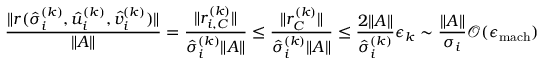
\frac { \| r ( \hat { \sigma } _ { i } ^ { ( k ) } , \hat { u } _ { i } ^ { ( k ) } , \hat { v } _ { i } ^ { ( k ) } ) \| } { \| A \| } = \frac { \| r _ { i , C } ^ { ( k ) } \| } { \hat { \sigma } _ { i } ^ { ( k ) } \| A \| } \leq \frac { \| r _ { C } ^ { ( k ) } \| } { \hat { \sigma } _ { i } ^ { ( k ) } \| A \| } \leq \frac { 2 \| A \| } { \hat { \sigma } _ { i } ^ { ( k ) } } \epsilon _ { k } \sim \frac { \| A \| } { \sigma _ { i } } \mathcal { O } ( \epsilon _ { \mathrm { m a c h } } )